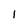
Character: I